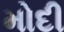
મોદી